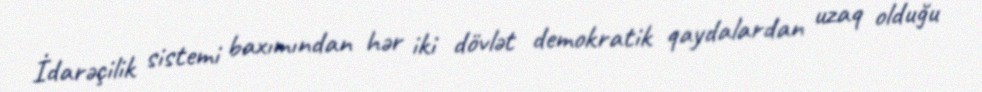
İdarəçilik sistemi baxımından hər iki dövlət demokratik qaydalardan uzaq olduğu